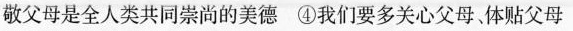
敬父母是全人类共同崇尚的美德④我们要多关心父母体贴父母